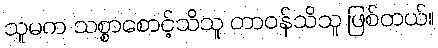
သူမက သစ္စာစောင့်သိသူ တာဝန်သိသူ ဖြစ်တယ်။